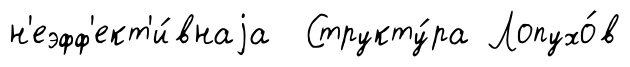
н'еэфф'ект'и́внаjа Структу́ра Лопухо́в